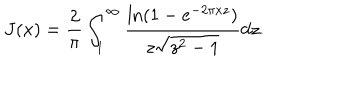
LaTeX: J ( x ) = \frac { 2 } { \pi } \int _ { 1 } ^ { \infty } \frac { \ln ( 1 - e ^ { - 2 \pi x z } ) } { z \sqrt { z ^ { 2 } - 1 } } d z .